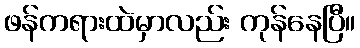
ဖန်ကရားထဲမှာလည်း ကုန်နေပြီ။